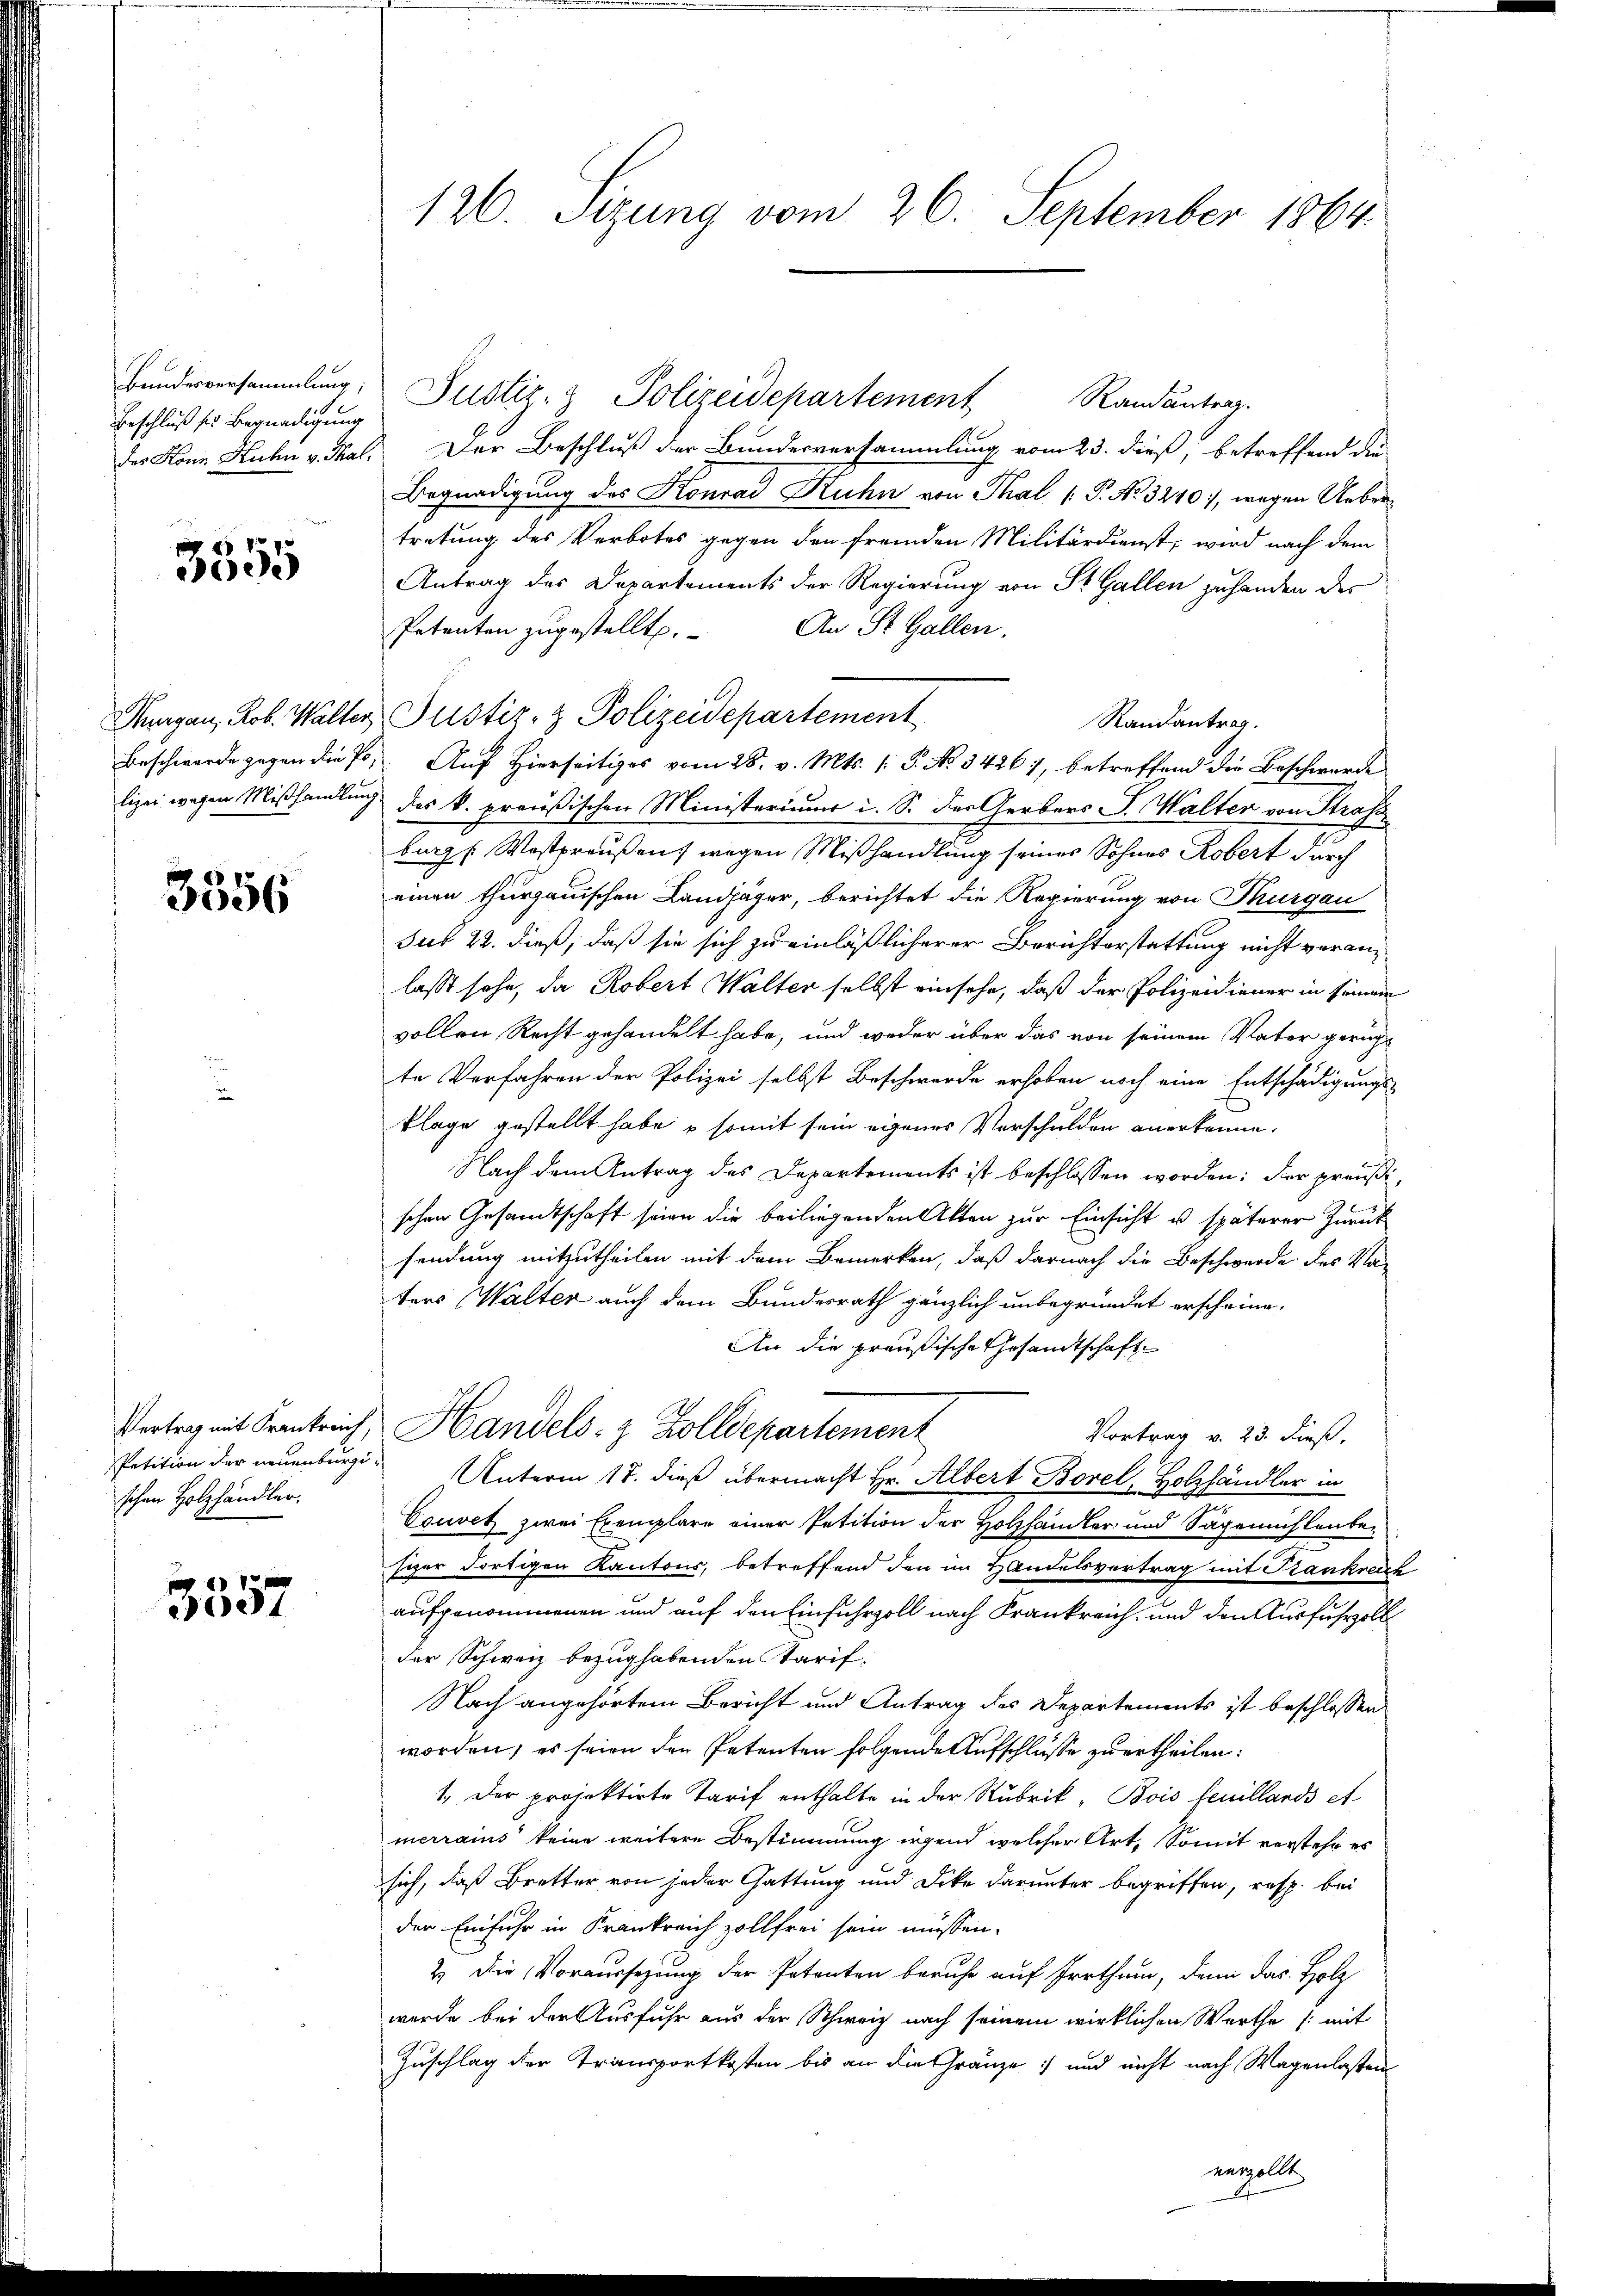
Bundesversammlung;
Beschluß sie Begnadigung

3555

Thurgau, Rob. Walter
lizei wegen Mißhandlung

3356

schen Holzhändler.

3357

126. Sitzung vom 26. September 1864.

Justiz- & Polizeidepartement Randantrag.
des Kann Kuhn v. Mal. Der Beschluß der Bundesversammlung vom 23. dieß, betreffend die
Begnadigung des Konrad Kuhn von Thal ( P. Nr. 1240), wegen Uebertretung des Verbotes gegen den fremden Militärdienst, wird nach dem
Antrag des Departements der Regierung von St. Gallen zuhanden des
Petenten zugestellt. An St. Gallen.
 Justiz- & Polizeidepartement
Randantrag.
Beschwerde gegen die E. Auf Hierseitiges vom 28. v. Mts. (: P. No 34267, betreffend der Beschwerde
1 des k. preußischen Ministeriums i. S. des Gerbers J. Walter von Strafs
burg [Westpreußen wegen Mißhandlung seines Sohnes Robert durch
einen thurgauischen Landjäger, berichtet die Regierung von Thurgau
sub 22. dieß, daß sie sich zu einläßlicherer Berichterstattung nicht veranlasst sehe, da Robert Walter selbst einsehe, daß der Polizeidiener in seinem
vollen Recht gehandelt habe, und weder über das von seinem Vater gerügt
te Verfahren der Polizei selbst Beschwerde erhoben noch eine Entschädigungs-
klage gestellt habe & somit sein eigenes Verschulden anerkenne.
Nach dem Antrag des Departements ist beschlossen worden: der preußischen Gesandtschaft seien die beiliegenden Alten zur Einsicht u. späterer Zurück
sendung mitzutheilen mit dem Bemerken, daß darnach die Beschwerde des Vaters (Walter auch dem Bundesrath gänzlich unbegründet erscheine.
An die preußische Gesandtschaft
Vertrag mit Frankreich, Handels- & Zolldepartement
Vortrag v. 23. dieß,
Petition der neuenburgen Unterm 17. dieß übermacht Hr. Albert Borel, Holzhändler in
Couvet zwei Exemplare einer Petition der Holzhändler und Sägemühlenbesizer dortigen Kantons, betreffend den im Handelsvertrag mit Trankreich
aufgenommenen und auf den Einfuhrzoll nach Frankreich, und den Ausfuhrzoll
der Schweiz bezug habenden Tarif¬
Nach angehörtem Bericht und Antrag des Departements ist beschlossen
worden, es seien den Petenten folgende Aufschlusse zu ertheilen:
1. Der projektirte Tarif enthalte in der Rubrik, Bois feuillards et
merrains keine weitere Bestimmung irgend welcher Art. Somit verstehe es
sich, daß Bretter von jeder Gattung und Dike darunter begriffen, resp. bei
der Einfuhr in Krankreich zollfrei sein müssen.
2.) Die Voraussezung der Petenten beruhe auf Irrthum, denn das Holz
wurde bei der Ausfuhr aus der Schweiz nach seinem wirklichen Werthe (mit
Zuschlag der Transportkosten bis an die Gränze: und nicht nach Wagenlasten
enzollte